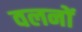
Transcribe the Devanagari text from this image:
वलनों